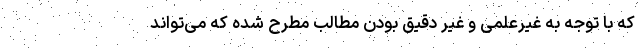
که با توجه به غیرعلمی و غیر دقیق بودن مطالب مطرح شده که می‌تواند